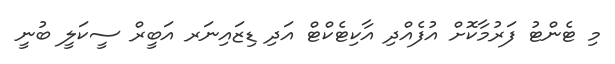
މި ޓެންޓު ފަރުމާކޮށް އުފެއްދި އާކިޓެކްޓް އަދި ޑިޒައިނަރ އަބީރް ސީކަލީ ބުނީ